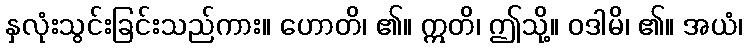
နှလုံးသွင်းခြင်းသည်ကား။ ဟောတိ၊ ၏။ ဣတိ၊ ဤသို့။ ဝဒါမိ၊ ၏။ အယံ၊